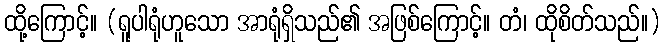
ထို့ကြောင့်။ (ရူပါရုံဟူသော အာရုံရှိသည်၏ အဖြစ်ကြောင့်။ တံ၊ ထိုစိတ်သည်။)